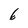
Character: 6